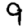
Digit: 9